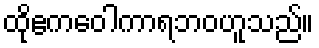
ထိုဧကဝေါကာရဘဝဟူသည်။